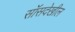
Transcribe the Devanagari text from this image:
सॉसदेखील